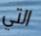
التي